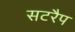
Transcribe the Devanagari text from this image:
सटरैप